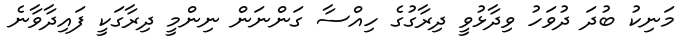
މަނިކު ބުދަ ދުވަހު ވިދާޅުވީ ދިރާގުގެ ހިއްސާ ގަންނަން ނިންމީ ދިރާގަކީ ފައިދާވާނެ